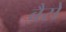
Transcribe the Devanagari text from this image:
बैसे